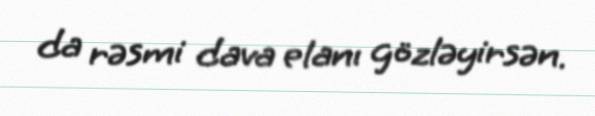
da rəsmi dava elanı gözləyirsən.